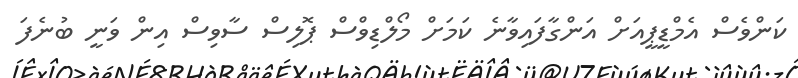
ކަންވެސް އެމްޑީޕީއަށް އަންގާފައިވާނެ ކަމަށް މޯލްޑިވްސް ޕޮލިސް ސާވިސް އިން ވަނީ ބުނެފަ